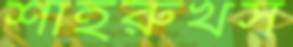
শাহরুখস